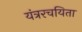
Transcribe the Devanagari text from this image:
यंत्ररचयिता